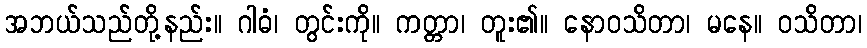
အဘယ်သည်တို့နည်း။ ဂါဓံ၊ တွင်းကို။ ကတ္တာ၊ တူး၏။ နောဝသိတာ၊ မနေ။ ဝသိတာ၊